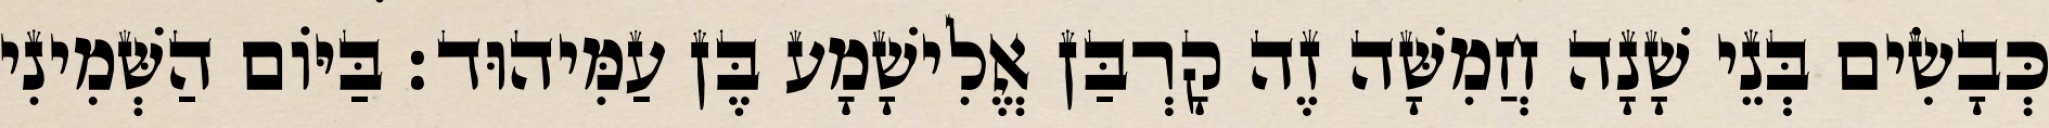
כְּבָשִׂים בְּנֵי שָׁנָה חֲמִשָּׁה זֶה קָרְבַּן אֱלִישָׁמָע בֶּן עַמִּיהוּד׃ בַּיּוֹם הַשְּׁמִינִי